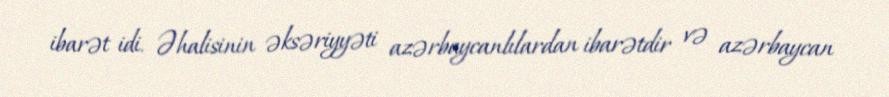
ibarət idi. Əhalisinin əksəriyyəti azərbaycanlılardan ibarətdir və azərbaycan